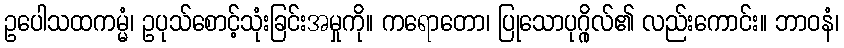
ဥပေါသထကမ္မံ၊ ဥပုသ်စောင့်သုံးခြင်းအမှုကို။ ကရောတော၊ ပြုသောပုဂ္ဂိုလ်၏ လည်းကောင်း။ ဘာဝနံ၊